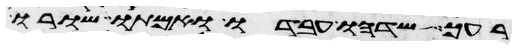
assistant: רעך שדהו עבדו ואמתו שורו